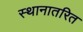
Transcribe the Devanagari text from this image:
स्थानातरित